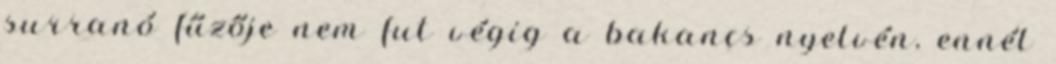
surranó fűzője nem fut végig a bakancs nyelvén, ennél